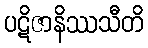
ပဋိဇာနိဿသီတိ